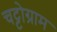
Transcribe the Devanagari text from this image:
चट्टोग्राम